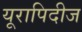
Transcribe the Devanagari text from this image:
यूरापिदीज